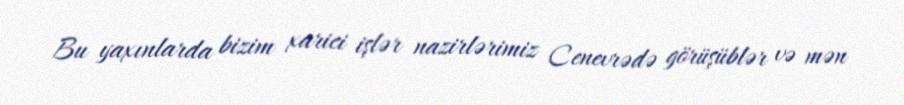
Bu yaxınlarda bizim xarici işlər nazirlərimiz Cenevrədə görüşüblər və mən